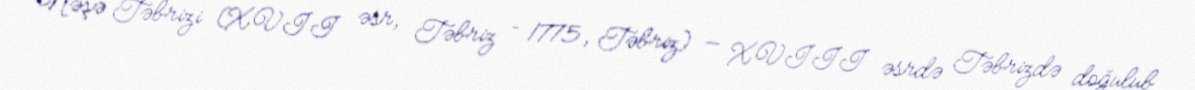
Nəşə Təbrizi (XVII əsr, Təbriz – 1775, Təbriz) — XVIII əsrdə Təbrizdə doğulub